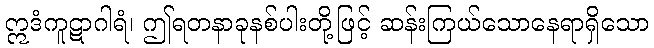
ဣဒံကူဋာဂါရံ၊ ဤရတနာခုနစ်ပါးတို့ဖြင့် ဆန်းကြယ်သောနေရာရှိသော